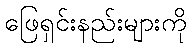
ဖြေရှင်းနည်းများကို